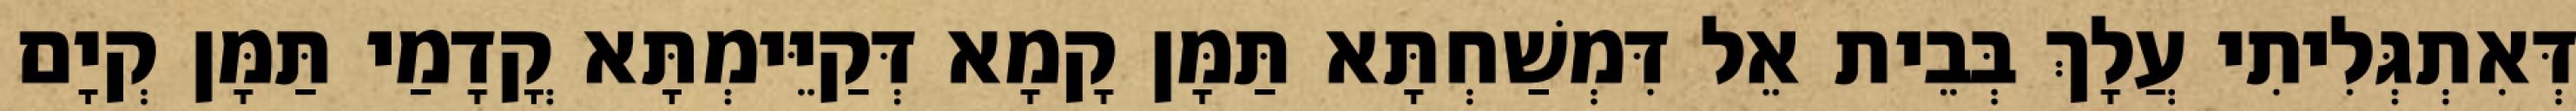
דְּאִתְגְּלִיתִי עֲלָךְ בְּבֵית אֵל דִּמְשַׁחְתָּא תַּמָּן קָמָא דְּקַיֵּימְתָּא קֳדָמַי תַּמָּן קְיָם